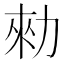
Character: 勑